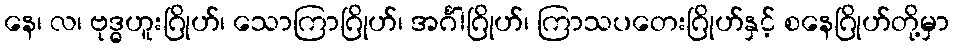
နေ၊ လ၊ ဗုဒ္ဓဟူးဂြိုဟ်၊ သောကြာဂြိုဟ်၊ အင်္ဂါဂြိုဟ်၊ ကြာသပတေးဂြိုဟ်နှင့် စနေဂြိုဟ်တို့မှာ